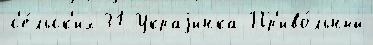
с'е́льск'их 31 Украjинка Пр'иво́льный